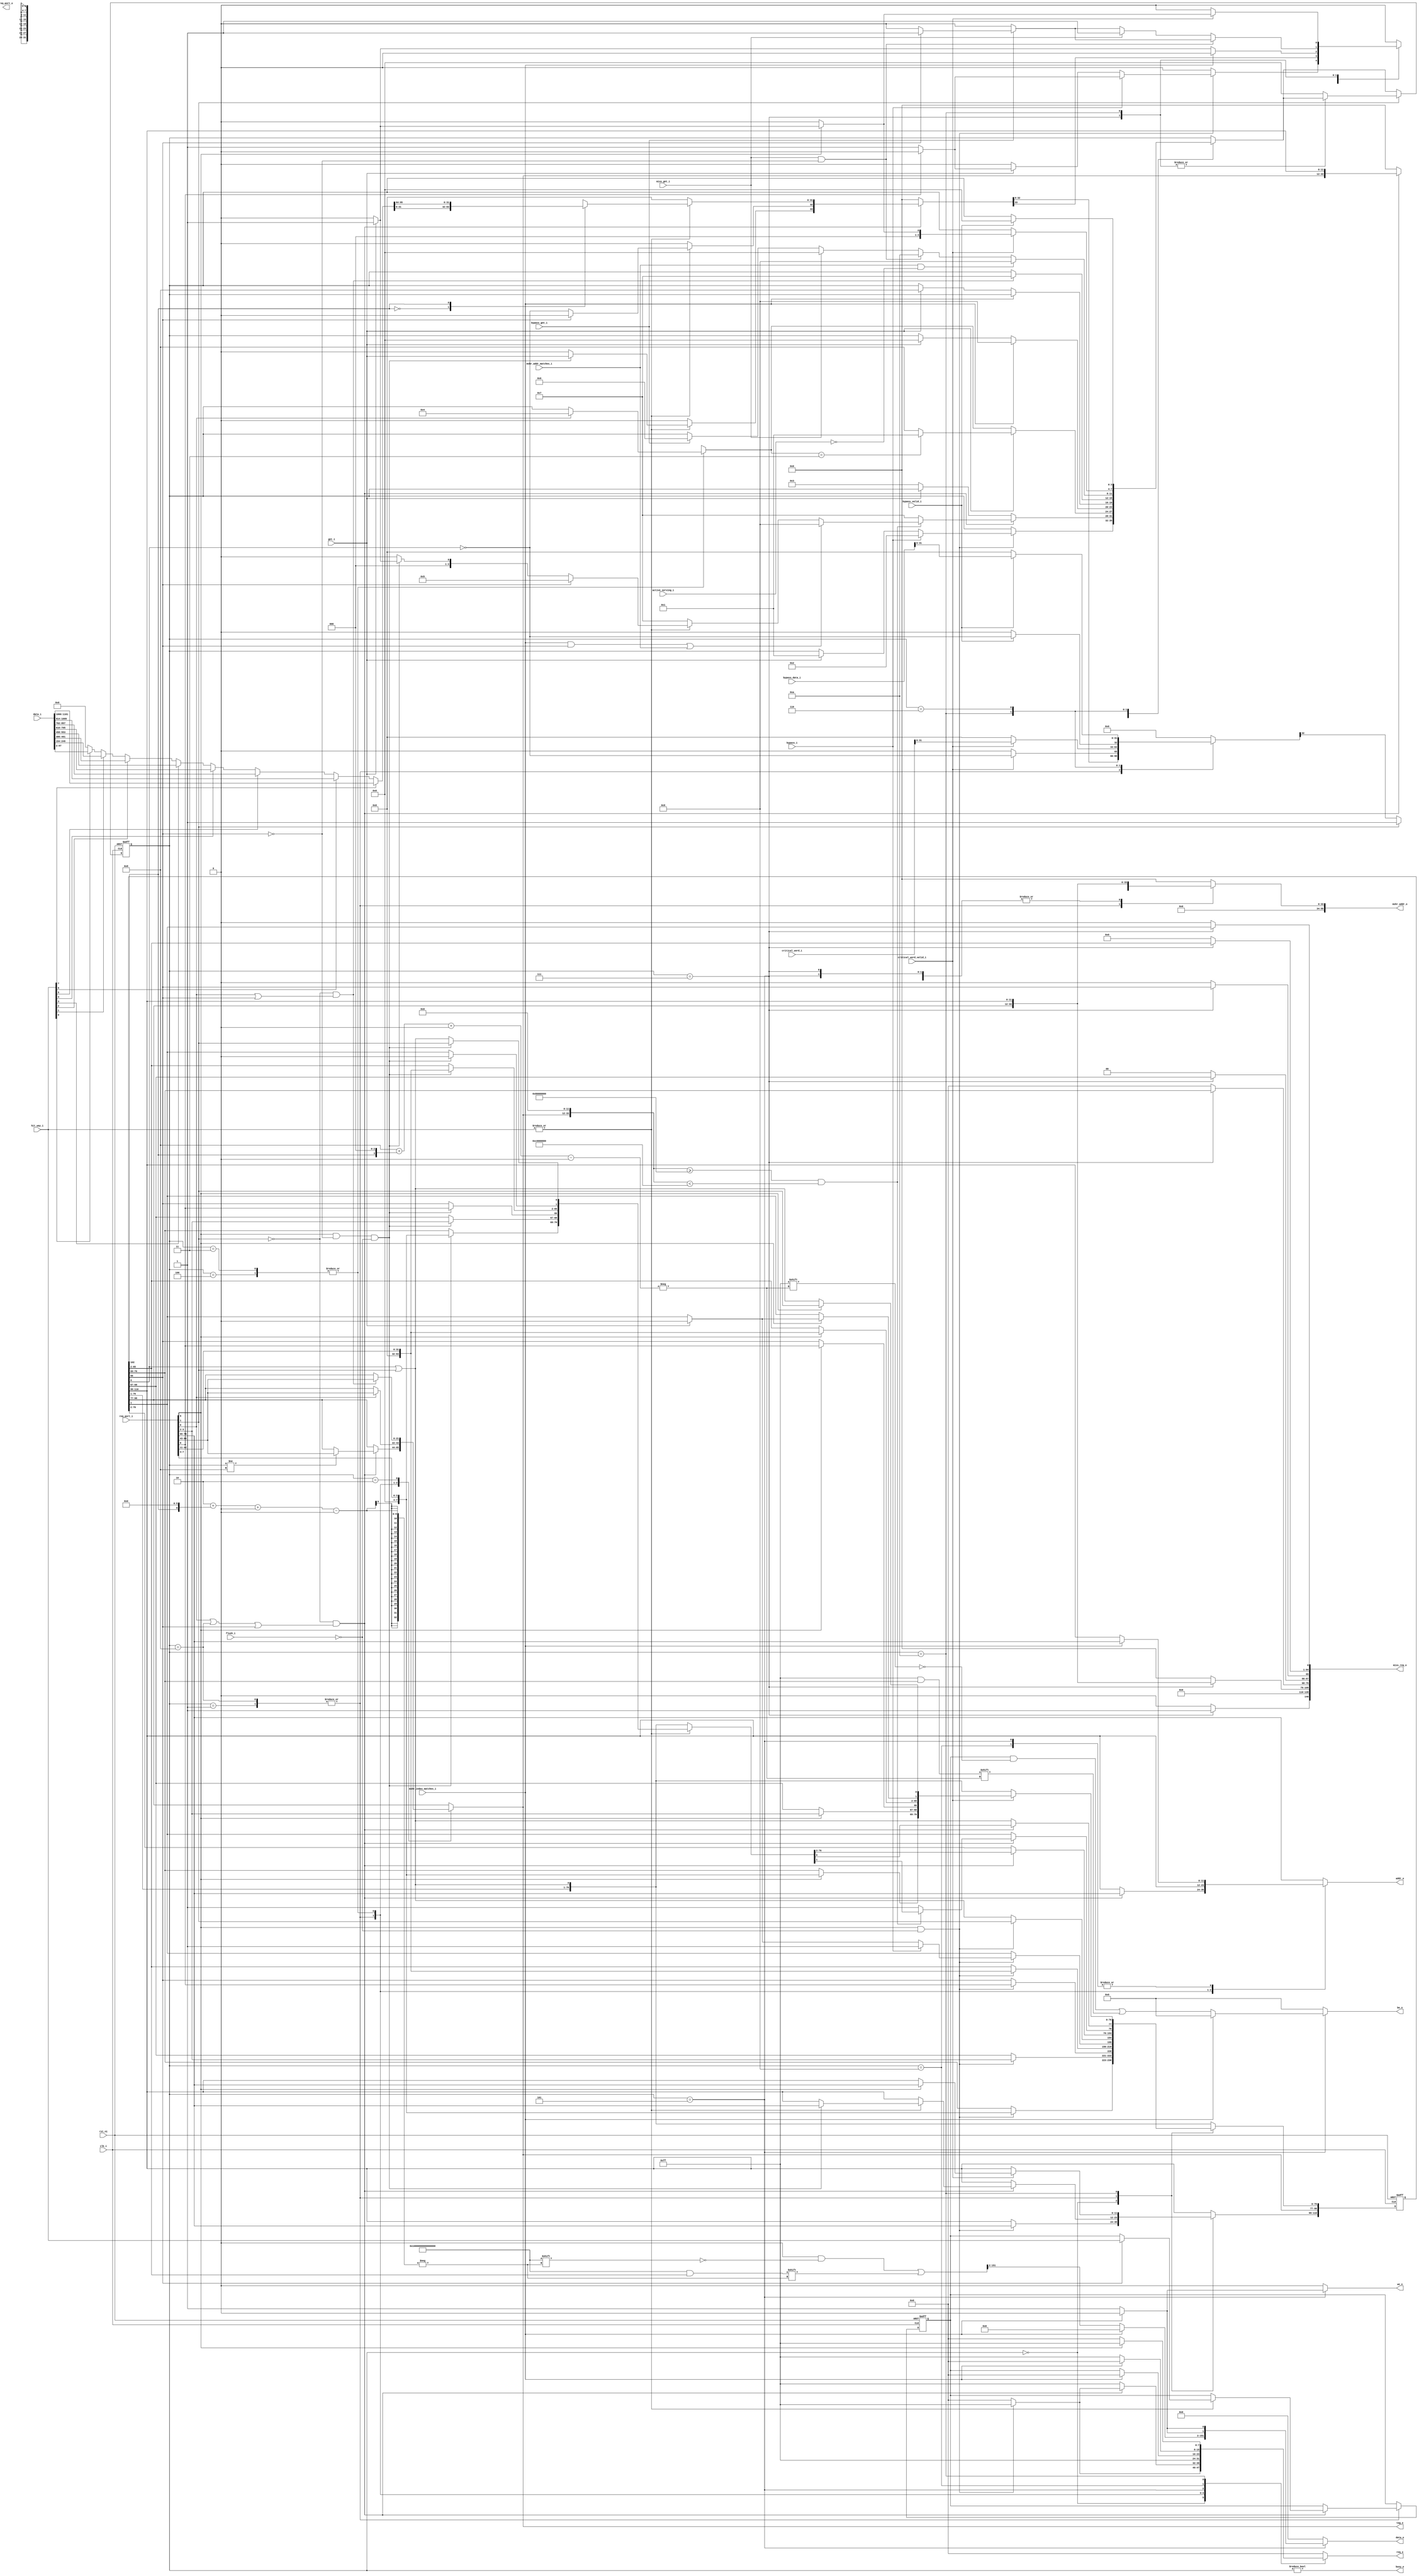
module cache_ctrl (
	clk_i,
	rst_ni,
	flush_i,
	bypass_i,
	busy_o,
	req_port_i,
	req_port_o,
	req_o,
	addr_o,
	gnt_i,
	data_o,
	be_o,
	tag_o,
	data_i,
	we_o,
	hit_way_i,
	miss_req_o,
	miss_gnt_i,
	active_serving_i,
	critical_word_i,
	critical_word_valid_i,
	bypass_gnt_i,
	bypass_valid_i,
	bypass_data_i,
	mshr_addr_o,
	mshr_addr_matches_i,
	mshr_index_matches_i
);
	localparam ariane_pkg_NrMaxRules = 16;
	localparam [6433:0] ariane_pkg_ArianeDefaultConfig = 6434'b10000000000000000000000000001000000000000000000000000000001000000000000000000000000000000000000010000000000000000000000000000000000000000000000000000000000000000000000000000000000000000000000000000000000000000000000000000000000000000000000000000000000000000000000000000000000000000000000000000000000000000000000000000000000000000000000000000000000000000000000000000000000000000000000000000000000000000000000000000000000000000000000000000000000000000000000000000000000000000000000000000000000000000000000000000000000000000000000000000000000000000000000000000000000000000000000000000000000000000000000000000000000000000000000000000000000000000000000000000000000000000000000000000000000000000000000000000000000000000000000000000000000000000000000000000000000000000000000000000000000000000000000000000000000000000000000000000000000000000000000000000000000000000000000000000000000000000000000000000000000000000000000000000000000000000000000000000000000000000000000000000000000000000000000000000000000000000000000000000000000000000000000000000000000000000000000000000000000000000000000000000000000000000000000000000000000000000000000000000000000000000000000000000000000000000000000000000000000000000000000000000000000000000000000000000000000000000000000000000000000000000000000000000000000000000000000000000000000000000000000000000000000000000000000000000000000000000000000000000000000000000000000000000000000000000000000000000000000000000000000000000000000000000000000000000000000000000000000000000000000000000000000000000000000000000000000000000000000000000000000000000000000000000000000000000000000000000000000000000000000000000000000000000000000000000000000000000000000000000000000000000000000000000000000000000000000000000000000000000000000000000000000000000000000000000000000000000000000000000000000000000000000000000000000000000000000000000000000000000000000000000000000000000000000000000000000000000000000000000000000000000000000000000000000000000000000000000000000000000000000000000000000000000000000000000000000000000000000000000000000000000000000000000000000000000000000000000000000000000000000000000000000000000000000000000000000000000000000000000000000000000000000000001100000000000000000000000000000000000000000000000000000000000000000000000000000000000000000000000000000000000000000000000000000000000000000000000000000000000000000000000000000000000000000000000000000000000000000000000000000000000000000000000000000000000000000000000000000000000000000000000000000000000000000000000000000000000000000000000000000000000000000000000000000000000000000000000000000000000000000000000000000000000000000000000000000000000000000000000000000000000000000000000000000000000000000000000000000000000000000000000000000000000000000000000000000000000000000000000000000000000000000000000000000000000000000000000000000000000000000000000000000000000000000000000000000000000000000000000000000000000000000000000000000000000000000000000000000000000000000000000000000000000000000000000000000000000000000000000000000000000000000000000000000000000000000000000010000000000000000000000000000000000000000000000000000000000000000000000000000001000000000000000000000000000000000000000000000000000000000000000000000000000000000000000000000000000000000000000000000000000000000000000000000000000000000000000000000000000000000000000000000000000000000000000000000000000000000000000000000000000000000000000000000000000000000000000000000000000000000000000000000000000000000000000000000000000000000000000000000000000000000000000000000000000000000000000000000000000000000000000000000000000000000000000000000000000000000000000000000000000000000000000000000000000000000000000000000000000000000000000000000000000000000000000000000000000000000000000000000000000000000000000000000000000000000000000000000000000000000000000000000000000000000000000000000000000000000000000000000000000000000000000000000000000000000000000000000000000000000000000000000000000000000000000000000000000000000000000000000000000000000000000000000000000000000000000000000000000000000000000000000000000000000000000000000000000000000100000000000000000000000000000000000000000000000000000000000000000000000000000100000000000000000000000000000000000000000000000000000000000000000001000000000000000000000000000000000000000000010000000000000000000000000000000000000000000000000000000000000000000000000000000000000000000000000000000000000000000000000000000000000000000000000000000000000000000000000000000000000000000000000000000000000000000000000000000000000000000000000000000000000000000000000000000000000000000000000000000000000000000000000000000000000000000000000000000000000000000000000000000000000000000000000000000000000000000000000000000000000000000000000000000000000000000000000000000000000000000000000000000000000000000000000000000000000000000000000000000000000000000000000000000000000000000000000000000000000000000000000000000000000000000000000000000000000000000000000000000000000000000000000000000000000000000000000000000000000000000000000000000000000000000000000000000000000000000000000000000000000000000000000000000000000000000000000000000000000000000000000000000000000000000000000000000000000000000000000000000000000000000000000000000000000000000000000000000000000000000000000000000000000000000000000000000010000000000000000000000000000000000000000000000000000000000000000000000000000000000000000000000000000000000000000000000000000000000000000000000000000000000000000000000000000000000000000000000000000000000000000000000000000000000000000000000000000000000000000000000000000000000000000000000000000000000000000000000000000000000000000000000000000000000000000000000000000000000000000000000000000000000000000000000000000000000000000000000000000000000000000000000000000000000000000000000000000000000000000000000000000000000000000000000000000000000000000000000000000000000000000000000000000000000000000000000000000000000000000000000000000000000000000000000000000000000000000000000000000000000000000000000000000000000000000000000000000000000000000000000000000000000000000000000000000000000000000000000000000000000000000000000000000000000000000000000000000000000000000000000000000000000000000000000000000000000000000000000000000000000000000000000000000000000000000000000000000000000000000000000000000000000000000000000000000000000000000100000000000000000000000000000010000000000000000000000000000000000000000000000000000000000000000000000000000000000000000000001000;
	parameter [6433:0] ArianeCfg = ariane_pkg_ArianeDefaultConfig;
	input wire clk_i;
	input wire rst_ni;
	input wire flush_i;
	input wire bypass_i;
	output wire busy_o;
	localparam [31:0] ariane_pkg_CONFIG_L1D_SIZE = 32768;
	localparam [31:0] ariane_pkg_DCACHE_SET_ASSOC = 8;
	localparam [31:0] ariane_pkg_DCACHE_INDEX_WIDTH = $clog2(32'd32768 / 32'd8);
	localparam cva6_config_pkg_CVA6ConfigXlen = 32;
	localparam riscv_XLEN = cva6_config_pkg_CVA6ConfigXlen;
	localparam riscv_PLEN = 34;
	localparam [31:0] ariane_pkg_DCACHE_TAG_WIDTH = riscv_PLEN - ariane_pkg_DCACHE_INDEX_WIDTH;
	localparam cva6_config_pkg_CVA6ConfigDataUserEn = 0;
	localparam cva6_config_pkg_CVA6ConfigDataUserWidth = cva6_config_pkg_CVA6ConfigXlen;
	localparam ariane_pkg_DATA_USER_WIDTH = 1;
	localparam [31:0] ariane_pkg_DCACHE_USER_WIDTH = ariane_pkg_DATA_USER_WIDTH;
	input wire [(((ariane_pkg_DCACHE_INDEX_WIDTH + ariane_pkg_DCACHE_TAG_WIDTH) + riscv_XLEN) + ariane_pkg_DCACHE_USER_WIDTH) + 9:0] req_port_i;
	output reg [34:0] req_port_o;
	output reg [7:0] req_o;
	output reg [ariane_pkg_DCACHE_INDEX_WIDTH - 1:0] addr_o;
	input wire gnt_i;
	localparam [31:0] ariane_pkg_DCACHE_LINE_WIDTH = 128;
	output reg [(ariane_pkg_DCACHE_TAG_WIDTH + ariane_pkg_DCACHE_LINE_WIDTH) + 1:0] data_o;
	output reg [((((ariane_pkg_DCACHE_TAG_WIDTH + 7) / 8) + 16) + ariane_pkg_DCACHE_SET_ASSOC) - 1:0] be_o;
	output wire [ariane_pkg_DCACHE_TAG_WIDTH - 1:0] tag_o;
	input wire [((ariane_pkg_DCACHE_TAG_WIDTH + 129) >= 0 ? (ariane_pkg_DCACHE_SET_ASSOC * ((ariane_pkg_DCACHE_TAG_WIDTH + ariane_pkg_DCACHE_LINE_WIDTH) + 2)) - 1 : (ariane_pkg_DCACHE_SET_ASSOC * (1 - ((ariane_pkg_DCACHE_TAG_WIDTH + ariane_pkg_DCACHE_LINE_WIDTH) + 1))) + ((ariane_pkg_DCACHE_TAG_WIDTH + ariane_pkg_DCACHE_LINE_WIDTH) + 0)):((ariane_pkg_DCACHE_TAG_WIDTH + 129) >= 0 ? 0 : (ariane_pkg_DCACHE_TAG_WIDTH + ariane_pkg_DCACHE_LINE_WIDTH) + 1)] data_i;
	output reg we_o;
	input wire [7:0] hit_way_i;
	output reg [140:0] miss_req_o;
	input wire miss_gnt_i;
	input wire active_serving_i;
	input wire [63:0] critical_word_i;
	input wire critical_word_valid_i;
	input wire bypass_gnt_i;
	input wire bypass_valid_i;
	input wire [63:0] bypass_data_i;
	output reg [55:0] mshr_addr_o;
	input wire mshr_addr_matches_i;
	input wire mshr_index_matches_i;
	reg [3:0] state_d;
	reg [3:0] state_q;
	reg [7:0] hit_way_d;
	reg [7:0] hit_way_q;
	reg [(ariane_pkg_DCACHE_INDEX_WIDTH + ariane_pkg_DCACHE_TAG_WIDTH) + 76:0] mem_req_d;
	reg [(ariane_pkg_DCACHE_INDEX_WIDTH + ariane_pkg_DCACHE_TAG_WIDTH) + 76:0] mem_req_q;
	assign busy_o = state_q != 4'd0;
	assign tag_o = mem_req_d[ariane_pkg_DCACHE_TAG_WIDTH + 76-:((ariane_pkg_DCACHE_TAG_WIDTH + 76) >= 77 ? ariane_pkg_DCACHE_TAG_WIDTH + 0 : 78 - (ariane_pkg_DCACHE_TAG_WIDTH + 76))];
	reg [127:0] cl_i;
	always @(*) begin : way_select
		cl_i = 1'sb0;
		begin : sv2v_autoblock_1
			reg [31:0] i;
			for (i = 0; i < ariane_pkg_DCACHE_SET_ASSOC; i = i + 1)
				if (hit_way_i[i])
					cl_i = data_i[((ariane_pkg_DCACHE_TAG_WIDTH + 129) >= 0 ? (i * ((ariane_pkg_DCACHE_TAG_WIDTH + 129) >= 0 ? (ariane_pkg_DCACHE_TAG_WIDTH + ariane_pkg_DCACHE_LINE_WIDTH) + 2 : 1 - ((ariane_pkg_DCACHE_TAG_WIDTH + ariane_pkg_DCACHE_LINE_WIDTH) + 1))) + ((ariane_pkg_DCACHE_TAG_WIDTH + 129) >= 0 ? 129 : (ariane_pkg_DCACHE_TAG_WIDTH + ariane_pkg_DCACHE_LINE_WIDTH) - 128) : ((i * ((ariane_pkg_DCACHE_TAG_WIDTH + 129) >= 0 ? (ariane_pkg_DCACHE_TAG_WIDTH + ariane_pkg_DCACHE_LINE_WIDTH) + 2 : 1 - ((ariane_pkg_DCACHE_TAG_WIDTH + ariane_pkg_DCACHE_LINE_WIDTH) + 1))) + ((ariane_pkg_DCACHE_TAG_WIDTH + 129) >= 0 ? 129 : (ariane_pkg_DCACHE_TAG_WIDTH + ariane_pkg_DCACHE_LINE_WIDTH) - 128)) + 127)-:128];
		end
	end
	function automatic [64:0] sv2v_cast_65;
		input reg [64:0] inp;
		sv2v_cast_65 = inp;
	endfunction
	function automatic ariane_pkg_range_check;
		input reg [63:0] base;
		input reg [63:0] len;
		input reg [63:0] address;
		ariane_pkg_range_check = (address >= base) && (address < (sv2v_cast_65(base) + len));
	endfunction
	function automatic ariane_pkg_is_inside_cacheable_regions;
		input reg [6433:0] Cfg;
		input reg [63:0] address;
		reg [15:0] pass;
		begin
			pass = 1'sb0;
			begin : sv2v_autoblock_2
				reg [31:0] k;
				for (k = 0; k < Cfg[2177-:32]; k = k + 1)
					pass[k] = ariane_pkg_range_check(Cfg[1122 + (k * 64)+:64], Cfg[98 + (k * 64)+:64], address);
			end
			ariane_pkg_is_inside_cacheable_regions = |pass;
		end
	endfunction
	localparam std_cache_pkg_DCACHE_BYTE_OFFSET = 4;
	always @(*) begin : cache_ctrl_fsm
		reg [6:0] cl_offset;
		cl_offset = mem_req_q[(ariane_pkg_DCACHE_INDEX_WIDTH + (ariane_pkg_DCACHE_TAG_WIDTH + 76)) - (ariane_pkg_DCACHE_INDEX_WIDTH - 4):(ariane_pkg_DCACHE_INDEX_WIDTH + (ariane_pkg_DCACHE_TAG_WIDTH + 76)) - (ariane_pkg_DCACHE_INDEX_WIDTH - 4)] << 6;
		state_d = state_q;
		mem_req_d = mem_req_q;
		hit_way_d = hit_way_q;
		req_port_o[34] = 1'b0;
		req_port_o[33] = 1'b0;
		req_port_o[32-:32] = 1'sb0;
		miss_req_o = 1'sb0;
		mshr_addr_o = 1'sb0;
		req_o = 1'sb0;
		addr_o = req_port_i[ariane_pkg_DCACHE_INDEX_WIDTH + (ariane_pkg_DCACHE_TAG_WIDTH + 42)-:((ariane_pkg_DCACHE_INDEX_WIDTH + (ariane_pkg_DCACHE_TAG_WIDTH + 42)) >= (ariane_pkg_DCACHE_TAG_WIDTH + 43) ? ((ariane_pkg_DCACHE_INDEX_WIDTH + (ariane_pkg_DCACHE_TAG_WIDTH + 42)) - (ariane_pkg_DCACHE_TAG_WIDTH + 43)) + 1 : ((ariane_pkg_DCACHE_TAG_WIDTH + 43) - (ariane_pkg_DCACHE_INDEX_WIDTH + (ariane_pkg_DCACHE_TAG_WIDTH + 42))) + 1)];
		data_o = 1'sb0;
		be_o = 1'sb0;
		we_o = 1'sb0;
		mem_req_d[0] = mem_req_d[0] | req_port_i[1];
		case (state_q)
			4'd0:
				if (req_port_i[9] && !flush_i) begin
					req_o = 1'sb1;
					mem_req_d[ariane_pkg_DCACHE_INDEX_WIDTH + (ariane_pkg_DCACHE_TAG_WIDTH + 76)-:((ariane_pkg_DCACHE_INDEX_WIDTH + (ariane_pkg_DCACHE_TAG_WIDTH + 76)) >= (ariane_pkg_DCACHE_TAG_WIDTH + 77) ? ((ariane_pkg_DCACHE_INDEX_WIDTH + (ariane_pkg_DCACHE_TAG_WIDTH + 76)) - (ariane_pkg_DCACHE_TAG_WIDTH + 77)) + 1 : ((ariane_pkg_DCACHE_TAG_WIDTH + 77) - (ariane_pkg_DCACHE_INDEX_WIDTH + (ariane_pkg_DCACHE_TAG_WIDTH + 76))) + 1)] = req_port_i[ariane_pkg_DCACHE_INDEX_WIDTH + (ariane_pkg_DCACHE_TAG_WIDTH + 42)-:((ariane_pkg_DCACHE_INDEX_WIDTH + (ariane_pkg_DCACHE_TAG_WIDTH + 42)) >= (ariane_pkg_DCACHE_TAG_WIDTH + 43) ? ((ariane_pkg_DCACHE_INDEX_WIDTH + (ariane_pkg_DCACHE_TAG_WIDTH + 42)) - (ariane_pkg_DCACHE_TAG_WIDTH + 43)) + 1 : ((ariane_pkg_DCACHE_TAG_WIDTH + 43) - (ariane_pkg_DCACHE_INDEX_WIDTH + (ariane_pkg_DCACHE_TAG_WIDTH + 42))) + 1)];
					mem_req_d[76-:8] = req_port_i[7-:4];
					mem_req_d[68-:2] = req_port_i[3-:2];
					mem_req_d[66] = req_port_i[8];
					mem_req_d[65-:64] = req_port_i[42-:32];
					mem_req_d[0] = req_port_i[1];
					if (bypass_i) begin
						state_d = 4'd2;
						req_port_o[34] = (req_port_i[8] ? 1'b0 : 1'b1);
						mem_req_d[1] = 1'b1;
					end
					else if (gnt_i) begin
						state_d = 4'd1;
						mem_req_d[1] = 1'b0;
						if (!req_port_i[8])
							req_port_o[34] = 1'b1;
					end
				end
			4'd1, 4'd8:
				if (!req_port_i[1] && ((req_port_i[0] || (state_q == 4'd8)) || mem_req_q[66])) begin
					if (state_q != 4'd8)
						mem_req_d[ariane_pkg_DCACHE_TAG_WIDTH + 76-:((ariane_pkg_DCACHE_TAG_WIDTH + 76) >= 77 ? ariane_pkg_DCACHE_TAG_WIDTH + 0 : 78 - (ariane_pkg_DCACHE_TAG_WIDTH + 76))] = req_port_i[ariane_pkg_DCACHE_TAG_WIDTH + 42-:((ariane_pkg_DCACHE_TAG_WIDTH + 42) >= 43 ? ariane_pkg_DCACHE_TAG_WIDTH : 44 - (ariane_pkg_DCACHE_TAG_WIDTH + 42))];
					if (req_port_i[9] && !flush_i)
						req_o = 1'sb1;
					if (|hit_way_i) begin
						if ((req_port_i[9] && !mem_req_q[66]) && !flush_i) begin
							state_d = 4'd1;
							mem_req_d[ariane_pkg_DCACHE_INDEX_WIDTH + (ariane_pkg_DCACHE_TAG_WIDTH + 76)-:((ariane_pkg_DCACHE_INDEX_WIDTH + (ariane_pkg_DCACHE_TAG_WIDTH + 76)) >= (ariane_pkg_DCACHE_TAG_WIDTH + 77) ? ((ariane_pkg_DCACHE_INDEX_WIDTH + (ariane_pkg_DCACHE_TAG_WIDTH + 76)) - (ariane_pkg_DCACHE_TAG_WIDTH + 77)) + 1 : ((ariane_pkg_DCACHE_TAG_WIDTH + 77) - (ariane_pkg_DCACHE_INDEX_WIDTH + (ariane_pkg_DCACHE_TAG_WIDTH + 76))) + 1)] = req_port_i[ariane_pkg_DCACHE_INDEX_WIDTH + (ariane_pkg_DCACHE_TAG_WIDTH + 42)-:((ariane_pkg_DCACHE_INDEX_WIDTH + (ariane_pkg_DCACHE_TAG_WIDTH + 42)) >= (ariane_pkg_DCACHE_TAG_WIDTH + 43) ? ((ariane_pkg_DCACHE_INDEX_WIDTH + (ariane_pkg_DCACHE_TAG_WIDTH + 42)) - (ariane_pkg_DCACHE_TAG_WIDTH + 43)) + 1 : ((ariane_pkg_DCACHE_TAG_WIDTH + 43) - (ariane_pkg_DCACHE_INDEX_WIDTH + (ariane_pkg_DCACHE_TAG_WIDTH + 42))) + 1)];
							mem_req_d[76-:8] = req_port_i[7-:4];
							mem_req_d[68-:2] = req_port_i[3-:2];
							mem_req_d[66] = req_port_i[8];
							mem_req_d[65-:64] = req_port_i[42-:32];
							mem_req_d[0] = req_port_i[1];
							mem_req_d[1] = 1'b0;
							req_port_o[34] = gnt_i;
							if (!gnt_i)
								state_d = 4'd0;
						end
						else
							state_d = 4'd0;
						case (mem_req_q[(ariane_pkg_DCACHE_INDEX_WIDTH + (ariane_pkg_DCACHE_TAG_WIDTH + 76)) - (ariane_pkg_DCACHE_INDEX_WIDTH - 4)])
							1'b0: req_port_o[32-:32] = cl_i[63:0];
							1'b1: req_port_o[32-:32] = cl_i[127:64];
						endcase
						if (!mem_req_q[66])
							req_port_o[33] = ~mem_req_q[0];
						else begin
							state_d = 4'd5;
							hit_way_d = hit_way_i;
						end
					end
					else
						state_d = 4'd7;
					mshr_addr_o = {tag_o, mem_req_q[ariane_pkg_DCACHE_INDEX_WIDTH + (ariane_pkg_DCACHE_TAG_WIDTH + 76)-:((ariane_pkg_DCACHE_INDEX_WIDTH + (ariane_pkg_DCACHE_TAG_WIDTH + 76)) >= (ariane_pkg_DCACHE_TAG_WIDTH + 77) ? ((ariane_pkg_DCACHE_INDEX_WIDTH + (ariane_pkg_DCACHE_TAG_WIDTH + 76)) - (ariane_pkg_DCACHE_TAG_WIDTH + 77)) + 1 : ((ariane_pkg_DCACHE_TAG_WIDTH + 77) - (ariane_pkg_DCACHE_INDEX_WIDTH + (ariane_pkg_DCACHE_TAG_WIDTH + 76))) + 1)]};
					if ((mshr_index_matches_i && mem_req_q[66]) || mshr_addr_matches_i)
						state_d = 4'd9;
					if (!ariane_pkg_is_inside_cacheable_regions(ArianeCfg, {{'d30 {1'b0}}, tag_o, {ariane_pkg_DCACHE_INDEX_WIDTH {1'b0}}})) begin
						mem_req_d[1] = 1'b1;
						state_d = 4'd7;
					end
				end
				else begin
					addr_o = mem_req_q[ariane_pkg_DCACHE_INDEX_WIDTH + (ariane_pkg_DCACHE_TAG_WIDTH + 76)-:((ariane_pkg_DCACHE_INDEX_WIDTH + (ariane_pkg_DCACHE_TAG_WIDTH + 76)) >= (ariane_pkg_DCACHE_TAG_WIDTH + 77) ? ((ariane_pkg_DCACHE_INDEX_WIDTH + (ariane_pkg_DCACHE_TAG_WIDTH + 76)) - (ariane_pkg_DCACHE_TAG_WIDTH + 77)) + 1 : ((ariane_pkg_DCACHE_TAG_WIDTH + 77) - (ariane_pkg_DCACHE_INDEX_WIDTH + (ariane_pkg_DCACHE_TAG_WIDTH + 76))) + 1)];
					req_o = 1'sb1;
					if (!gnt_i)
						state_d = 4'd3;
				end
			4'd3, 4'd4: begin
				addr_o = mem_req_q[ariane_pkg_DCACHE_INDEX_WIDTH + (ariane_pkg_DCACHE_TAG_WIDTH + 76)-:((ariane_pkg_DCACHE_INDEX_WIDTH + (ariane_pkg_DCACHE_TAG_WIDTH + 76)) >= (ariane_pkg_DCACHE_TAG_WIDTH + 77) ? ((ariane_pkg_DCACHE_INDEX_WIDTH + (ariane_pkg_DCACHE_TAG_WIDTH + 76)) - (ariane_pkg_DCACHE_TAG_WIDTH + 77)) + 1 : ((ariane_pkg_DCACHE_TAG_WIDTH + 77) - (ariane_pkg_DCACHE_INDEX_WIDTH + (ariane_pkg_DCACHE_TAG_WIDTH + 76))) + 1)];
				req_o = 1'sb1;
				if (req_port_i[0]) begin
					mem_req_d[ariane_pkg_DCACHE_TAG_WIDTH + 76-:((ariane_pkg_DCACHE_TAG_WIDTH + 76) >= 77 ? ariane_pkg_DCACHE_TAG_WIDTH + 0 : 78 - (ariane_pkg_DCACHE_TAG_WIDTH + 76))] = req_port_i[ariane_pkg_DCACHE_TAG_WIDTH + 42-:((ariane_pkg_DCACHE_TAG_WIDTH + 42) >= 43 ? ariane_pkg_DCACHE_TAG_WIDTH : 44 - (ariane_pkg_DCACHE_TAG_WIDTH + 42))];
					state_d = 4'd4;
				end
				if (gnt_i)
					state_d = (state_d == 4'd3 ? 4'd1 : 4'd8);
			end
			4'd5: begin
				mshr_addr_o = {mem_req_q[ariane_pkg_DCACHE_TAG_WIDTH + 76-:((ariane_pkg_DCACHE_TAG_WIDTH + 76) >= 77 ? ariane_pkg_DCACHE_TAG_WIDTH + 0 : 78 - (ariane_pkg_DCACHE_TAG_WIDTH + 76))], mem_req_q[ariane_pkg_DCACHE_INDEX_WIDTH + (ariane_pkg_DCACHE_TAG_WIDTH + 76)-:((ariane_pkg_DCACHE_INDEX_WIDTH + (ariane_pkg_DCACHE_TAG_WIDTH + 76)) >= (ariane_pkg_DCACHE_TAG_WIDTH + 77) ? ((ariane_pkg_DCACHE_INDEX_WIDTH + (ariane_pkg_DCACHE_TAG_WIDTH + 76)) - (ariane_pkg_DCACHE_TAG_WIDTH + 77)) + 1 : ((ariane_pkg_DCACHE_TAG_WIDTH + 77) - (ariane_pkg_DCACHE_INDEX_WIDTH + (ariane_pkg_DCACHE_TAG_WIDTH + 76))) + 1)]};
				if (!mshr_index_matches_i) begin
					req_o = hit_way_q;
					addr_o = mem_req_q[ariane_pkg_DCACHE_INDEX_WIDTH + (ariane_pkg_DCACHE_TAG_WIDTH + 76)-:((ariane_pkg_DCACHE_INDEX_WIDTH + (ariane_pkg_DCACHE_TAG_WIDTH + 76)) >= (ariane_pkg_DCACHE_TAG_WIDTH + 77) ? ((ariane_pkg_DCACHE_INDEX_WIDTH + (ariane_pkg_DCACHE_TAG_WIDTH + 76)) - (ariane_pkg_DCACHE_TAG_WIDTH + 77)) + 1 : ((ariane_pkg_DCACHE_TAG_WIDTH + 77) - (ariane_pkg_DCACHE_INDEX_WIDTH + (ariane_pkg_DCACHE_TAG_WIDTH + 76))) + 1)];
					we_o = 1'b1;
					be_o[7-:ariane_pkg_DCACHE_SET_ASSOC] = hit_way_q;
					be_o[8 + (cl_offset >> 3)+:8] = mem_req_q[76-:8];
					data_o[2 + cl_offset+:64] = mem_req_q[65-:64];
					data_o[0] = 1'b1;
					data_o[1] = 1'b1;
					if (gnt_i) begin
						req_port_o[34] = 1'b1;
						state_d = 4'd0;
					end
				end
				else
					state_d = 4'd9;
			end
			4'd9: begin
				mshr_addr_o = {mem_req_q[ariane_pkg_DCACHE_TAG_WIDTH + 76-:((ariane_pkg_DCACHE_TAG_WIDTH + 76) >= 77 ? ariane_pkg_DCACHE_TAG_WIDTH + 0 : 78 - (ariane_pkg_DCACHE_TAG_WIDTH + 76))], mem_req_q[ariane_pkg_DCACHE_INDEX_WIDTH + (ariane_pkg_DCACHE_TAG_WIDTH + 76)-:((ariane_pkg_DCACHE_INDEX_WIDTH + (ariane_pkg_DCACHE_TAG_WIDTH + 76)) >= (ariane_pkg_DCACHE_TAG_WIDTH + 77) ? ((ariane_pkg_DCACHE_INDEX_WIDTH + (ariane_pkg_DCACHE_TAG_WIDTH + 76)) - (ariane_pkg_DCACHE_TAG_WIDTH + 77)) + 1 : ((ariane_pkg_DCACHE_TAG_WIDTH + 77) - (ariane_pkg_DCACHE_INDEX_WIDTH + (ariane_pkg_DCACHE_TAG_WIDTH + 76))) + 1)]};
				if (!mshr_index_matches_i) begin
					req_o = 1'sb1;
					addr_o = mem_req_q[ariane_pkg_DCACHE_INDEX_WIDTH + (ariane_pkg_DCACHE_TAG_WIDTH + 76)-:((ariane_pkg_DCACHE_INDEX_WIDTH + (ariane_pkg_DCACHE_TAG_WIDTH + 76)) >= (ariane_pkg_DCACHE_TAG_WIDTH + 77) ? ((ariane_pkg_DCACHE_INDEX_WIDTH + (ariane_pkg_DCACHE_TAG_WIDTH + 76)) - (ariane_pkg_DCACHE_TAG_WIDTH + 77)) + 1 : ((ariane_pkg_DCACHE_TAG_WIDTH + 77) - (ariane_pkg_DCACHE_INDEX_WIDTH + (ariane_pkg_DCACHE_TAG_WIDTH + 76))) + 1)];
					if (gnt_i)
						state_d = 4'd8;
				end
			end
			4'd2:
				if (!req_port_i[1] && (req_port_i[0] || mem_req_q[66])) begin
					mem_req_d[ariane_pkg_DCACHE_TAG_WIDTH + 76-:((ariane_pkg_DCACHE_TAG_WIDTH + 76) >= 77 ? ariane_pkg_DCACHE_TAG_WIDTH + 0 : 78 - (ariane_pkg_DCACHE_TAG_WIDTH + 76))] = req_port_i[ariane_pkg_DCACHE_TAG_WIDTH + 42-:((ariane_pkg_DCACHE_TAG_WIDTH + 42) >= 43 ? ariane_pkg_DCACHE_TAG_WIDTH : 44 - (ariane_pkg_DCACHE_TAG_WIDTH + 42))];
					state_d = 4'd7;
				end
			4'd7: begin
				mshr_addr_o = {mem_req_q[ariane_pkg_DCACHE_TAG_WIDTH + 76-:((ariane_pkg_DCACHE_TAG_WIDTH + 76) >= 77 ? ariane_pkg_DCACHE_TAG_WIDTH + 0 : 78 - (ariane_pkg_DCACHE_TAG_WIDTH + 76))], mem_req_q[ariane_pkg_DCACHE_INDEX_WIDTH + (ariane_pkg_DCACHE_TAG_WIDTH + 76)-:((ariane_pkg_DCACHE_INDEX_WIDTH + (ariane_pkg_DCACHE_TAG_WIDTH + 76)) >= (ariane_pkg_DCACHE_TAG_WIDTH + 77) ? ((ariane_pkg_DCACHE_INDEX_WIDTH + (ariane_pkg_DCACHE_TAG_WIDTH + 76)) - (ariane_pkg_DCACHE_TAG_WIDTH + 77)) + 1 : ((ariane_pkg_DCACHE_TAG_WIDTH + 77) - (ariane_pkg_DCACHE_INDEX_WIDTH + (ariane_pkg_DCACHE_TAG_WIDTH + 76))) + 1)]};
				miss_req_o[140] = 1'b1;
				miss_req_o[0] = mem_req_q[1];
				miss_req_o[139-:64] = {mem_req_q[ariane_pkg_DCACHE_TAG_WIDTH + 76-:((ariane_pkg_DCACHE_TAG_WIDTH + 76) >= 77 ? ariane_pkg_DCACHE_TAG_WIDTH + 0 : 78 - (ariane_pkg_DCACHE_TAG_WIDTH + 76))], mem_req_q[ariane_pkg_DCACHE_INDEX_WIDTH + (ariane_pkg_DCACHE_TAG_WIDTH + 76)-:((ariane_pkg_DCACHE_INDEX_WIDTH + (ariane_pkg_DCACHE_TAG_WIDTH + 76)) >= (ariane_pkg_DCACHE_TAG_WIDTH + 77) ? ((ariane_pkg_DCACHE_INDEX_WIDTH + (ariane_pkg_DCACHE_TAG_WIDTH + 76)) - (ariane_pkg_DCACHE_TAG_WIDTH + 77)) + 1 : ((ariane_pkg_DCACHE_TAG_WIDTH + 77) - (ariane_pkg_DCACHE_INDEX_WIDTH + (ariane_pkg_DCACHE_TAG_WIDTH + 76))) + 1)]};
				miss_req_o[75-:8] = mem_req_q[76-:8];
				miss_req_o[67-:2] = mem_req_q[68-:2];
				miss_req_o[65] = mem_req_q[66];
				miss_req_o[64-:64] = mem_req_q[65-:64];
				if (bypass_gnt_i) begin
					state_d = 4'd6;
					if (mem_req_q[66])
						req_port_o[34] = 1'b1;
				end
				if (miss_gnt_i && !mem_req_q[66])
					state_d = 4'd10;
				else if (miss_gnt_i) begin
					state_d = 4'd0;
					req_port_o[34] = 1'b1;
				end
				if (mshr_addr_matches_i && !active_serving_i)
					state_d = 4'd9;
			end
			4'd10: begin
				if (req_port_i[9])
					req_o = 1'sb1;
				if (critical_word_valid_i) begin
					req_port_o[33] = ~mem_req_q[0];
					req_port_o[32-:32] = critical_word_i;
					if (req_port_i[9]) begin
						mem_req_d[ariane_pkg_DCACHE_INDEX_WIDTH + (ariane_pkg_DCACHE_TAG_WIDTH + 76)-:((ariane_pkg_DCACHE_INDEX_WIDTH + (ariane_pkg_DCACHE_TAG_WIDTH + 76)) >= (ariane_pkg_DCACHE_TAG_WIDTH + 77) ? ((ariane_pkg_DCACHE_INDEX_WIDTH + (ariane_pkg_DCACHE_TAG_WIDTH + 76)) - (ariane_pkg_DCACHE_TAG_WIDTH + 77)) + 1 : ((ariane_pkg_DCACHE_TAG_WIDTH + 77) - (ariane_pkg_DCACHE_INDEX_WIDTH + (ariane_pkg_DCACHE_TAG_WIDTH + 76))) + 1)] = req_port_i[ariane_pkg_DCACHE_INDEX_WIDTH + (ariane_pkg_DCACHE_TAG_WIDTH + 42)-:((ariane_pkg_DCACHE_INDEX_WIDTH + (ariane_pkg_DCACHE_TAG_WIDTH + 42)) >= (ariane_pkg_DCACHE_TAG_WIDTH + 43) ? ((ariane_pkg_DCACHE_INDEX_WIDTH + (ariane_pkg_DCACHE_TAG_WIDTH + 42)) - (ariane_pkg_DCACHE_TAG_WIDTH + 43)) + 1 : ((ariane_pkg_DCACHE_TAG_WIDTH + 43) - (ariane_pkg_DCACHE_INDEX_WIDTH + (ariane_pkg_DCACHE_TAG_WIDTH + 42))) + 1)];
						mem_req_d[76-:8] = req_port_i[7-:4];
						mem_req_d[68-:2] = req_port_i[3-:2];
						mem_req_d[66] = req_port_i[8];
						mem_req_d[65-:64] = req_port_i[42-:32];
						mem_req_d[0] = req_port_i[1];
						state_d = 4'd0;
						if (gnt_i) begin
							state_d = 4'd1;
							mem_req_d[1] = 1'b0;
							req_port_o[34] = 1'b1;
						end
					end
					else
						state_d = 4'd0;
				end
			end
			4'd6:
				if (bypass_valid_i) begin
					req_port_o[32-:32] = bypass_data_i;
					req_port_o[33] = ~mem_req_q[0];
					state_d = 4'd0;
				end
		endcase
		if (req_port_i[1]) begin
			req_port_o[33] = 1'b1;
			if (!(|{state_q == 4'd7, state_q == 4'd10}))
				state_d = 4'd0;
		end
	end
	always @(posedge clk_i or negedge rst_ni)
		if (~rst_ni) begin
			state_q <= 4'd0;
			mem_req_q <= 1'sb0;
			hit_way_q <= 1'sb0;
		end
		else begin
			state_q <= state_d;
			mem_req_q <= mem_req_d;
			hit_way_q <= hit_way_d;
		end
endmodule